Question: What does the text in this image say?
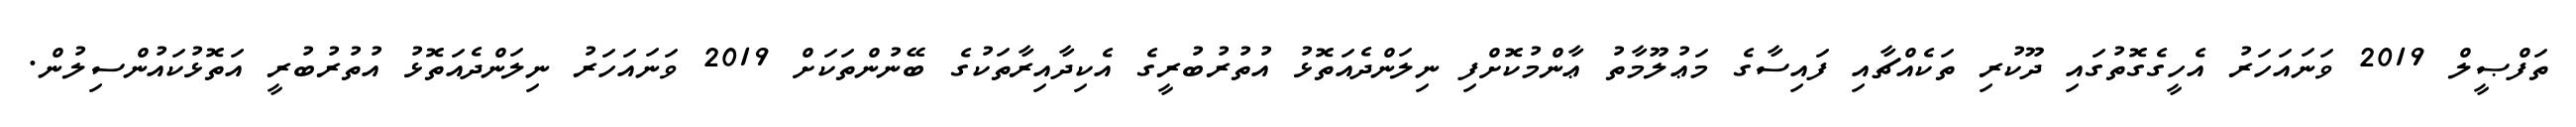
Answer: ތަފްޞީލް 2019 ވަނައަހަރު އެހީގެގޮތުގައި ދޫކުރި ތަކެއްޗާއި ފައިސާގެ މަޢުލޫމާތު ޢާންމުކޮށްފި ނިލަންދެއަތޮޅު އުތުރުބުރީގެ އެކިދާއިރާތަކުގެ ބޭނުންތަކަށް 2019 ވަނައަހަރު ނިލަންދެއަތޮޅު އުތުރުބުރީ އަތޮޅުކައުންސިލުން.